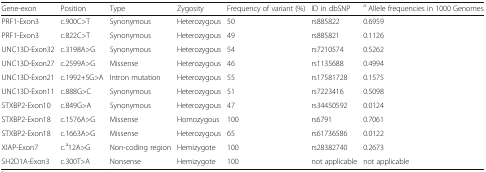
<table><thead><tr><td><b>Gene-exon</b></td><td><b>Position</b></td><td><b>Type</b></td><td><b>Zygosity</b></td><td><b>Frequency of variant (%)</b></td><td><b>ID in dbSNP</b></td><td><b><sup>a</sup> Allele frequencies in 1000 Genomes</b></td></tr></thead><tbody><tr><td>PRF1-Exon3</td><td>c.900C&gt;T</td><td>Synonymous</td><td>Heterozygous</td><td>50</td><td>rs885822</td><td>0.6959</td></tr><tr><td>PRF1-Exon3</td><td>c.822C&gt;T</td><td>Synonymous</td><td>Heterozygous</td><td>49</td><td>rs885821</td><td>0.1126</td></tr><tr><td>UNC13D-Exon32</td><td>c.3198A&gt;G</td><td>Synonymous</td><td>Heterozygous</td><td>54</td><td>rs7210574</td><td>0.5262</td></tr><tr><td>UNC13D-Exon27</td><td>c.2599A&gt;G</td><td>Missense</td><td>Heterozygous</td><td>46</td><td>rs1135688</td><td>0.4994</td></tr><tr><td>UNC13D-Exon21</td><td>c.1992+5G&gt;A</td><td>Intron mutation</td><td>Heterozygous</td><td>55</td><td>rs17581728</td><td>0.1575</td></tr><tr><td>UNC13D-Exon11</td><td>c.888G&gt;C</td><td>Synonymous</td><td>Heterozygous</td><td>51</td><td>rs7223416</td><td>0.5098</td></tr><tr><td>STXBP2-Exon10</td><td>c.849G&gt;A</td><td>Synonymous</td><td>Heterozygous</td><td>47</td><td>rs34450592</td><td>0.0124</td></tr><tr><td>STXBP2-Exon18</td><td>c.1576A&gt;G</td><td>Missense</td><td>Homozygous</td><td>100</td><td>rs6791</td><td>0.7061</td></tr><tr><td>STXBP2-Exon18</td><td>c.1663A&gt;G</td><td>Missense</td><td>Heterozygous</td><td>65</td><td>rs61736586</td><td>0.0122</td></tr><tr><td>XIAP-Exon7</td><td>c.<sup>a</sup>12A&gt;G</td><td>Non-coding region</td><td>Hemizygote</td><td>100</td><td>rs28382740</td><td>0.2673</td></tr><tr><td>SH2D1A-Exon3</td><td>c.300T&gt;A</td><td>Nonsense</td><td>Hemizygote</td><td>100</td><td>not applicable</td><td>not applicable</td></tr></tbody></table>